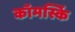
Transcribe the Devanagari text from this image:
कॉमर्स्कि